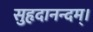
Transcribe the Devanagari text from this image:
सुहृदानन्दम्‌।